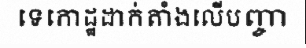
ទេកោដ្ឋដាក់តាំងលើបញ្ចា